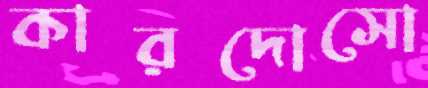
কারদোসো